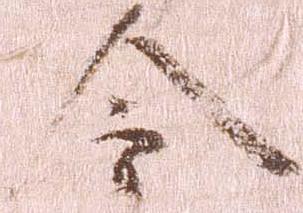
令